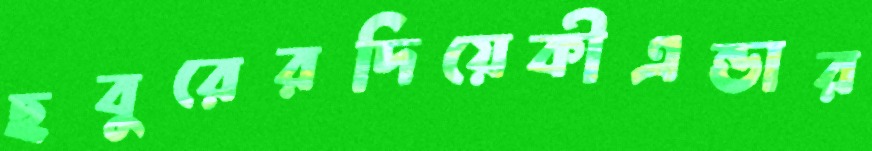
ছবুরেরদিয়েকীএন্ডার